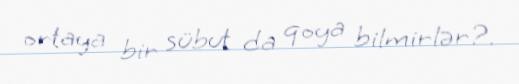
ortaya bir sübut da qoya bilmirlər?.